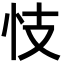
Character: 忮